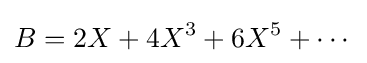
B=2X+4X^{3}+6X^{5}+\cdots